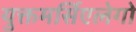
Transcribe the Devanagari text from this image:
युक्तमर्सिएलेगो